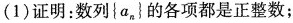
(1) 证明：数列{ a_{n } } 的各项都是正整数；